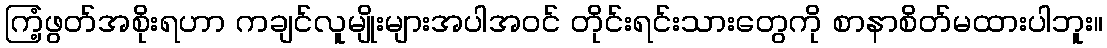
ကြံ့ဖွတ်အစိုးရဟာ ကချင်လူမျိုးများအပါအဝင် တိုင်းရင်းသားတွေကို စာနာစိတ်မထားပါဘူး။